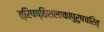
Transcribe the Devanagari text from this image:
त्रिषष्ठिशलाकापुरुषचरित्